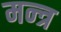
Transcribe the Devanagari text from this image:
मन्‍त्र